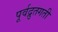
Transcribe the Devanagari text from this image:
पूर्वद्रुतगती